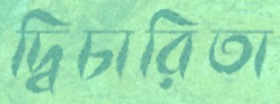
দ্বিচারিতা